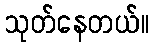
သုတ်နေတယ်။